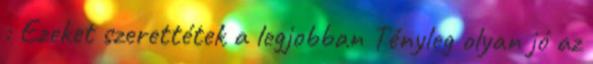
: Ezeket szerettétek a legjobban Tényleg olyan jó az